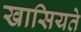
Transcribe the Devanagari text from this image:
खासियते